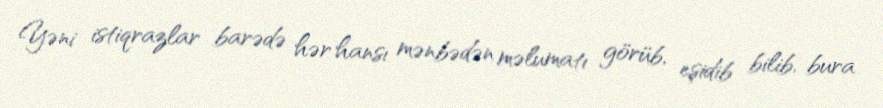
Yəni istiqrazlar barədə hər hansı mənbədən məlumatı görüb, eşidib bilib, bura